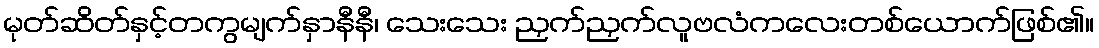
မုတ်ဆိတ်နှင့်တကွမျက်နှာနီနီ၊ သေးသေး ညှက်ညှက်လူဗလံကလေးတစ်ယောက်ဖြစ်၏။